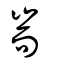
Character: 耑